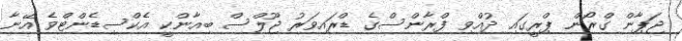
ޖަޕާން ގްރޯން ޕްރީގައި ދުއްވި ފްރާންސްގެ ޑްރައިވަރު ޖޫލްސް ބިއާންކީ އެކްސިޑެންޓްވެ އޭނާ